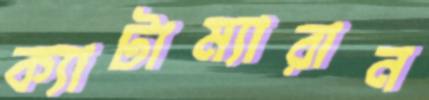
ক্যাটাম্যারান